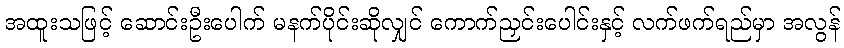
အထူးသဖြင့် ဆောင်းဦးပေါက် မနက်ပိုင်းဆိုလျှင် ကောက်ညှင်းပေါင်းနှင့် လက်ဖက်ရည်မှာ အလွန်